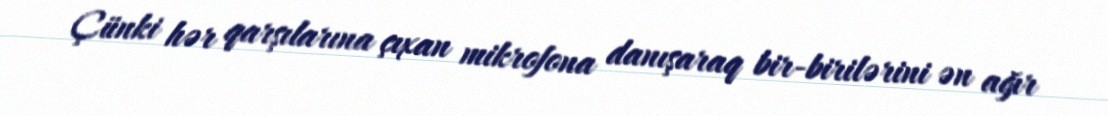
Çünki hər qarşılarına çıxan mikrofona danışaraq bir-birilərini ən ağır